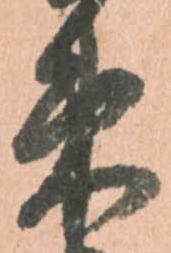
束